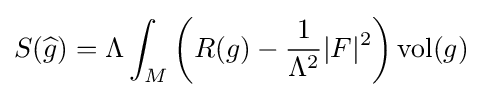
S({\widehat {g}})=\Lambda \int _{M}\left(R(g)-{\frac {1}{\Lambda ^{2}}}|F|^{2}\right)\operatorname {vol} (g)